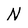
Character: N